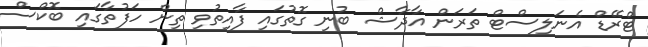
ޓްރޭޑް އެނަލިސްޓް ތަރަން އާދާޝް ބުނި ގޮތުގައި ފާއިތުވި ތިން ހަފުތާގައި ބޮކްސް